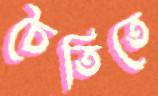
চৈতিতে